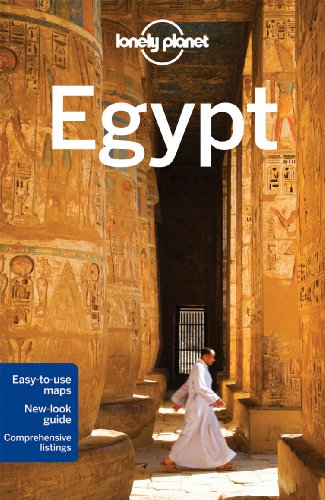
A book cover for Lonely Planet Egypt (Travel Guide); Lonely Planet; Travel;